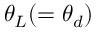
\theta _ { L } ( = \theta _ { d } )